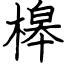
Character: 槔